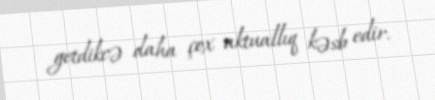
getdikcə daha çox aktuallıq kəsb edir.